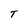
Character: T